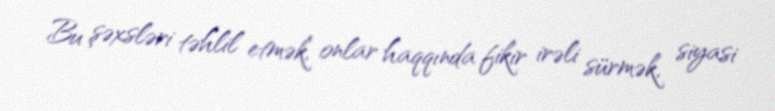
Bu şəxsləri təhlil etmək, onlar haqqında fikir irəli sürmək, siyasi